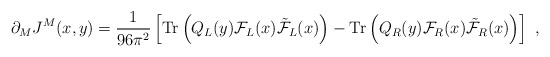
\begin{align*}\partial_MJ^M(x,y)=\frac{1}{96\pi^2} \left[ {\rm Tr} \left (Q_L(y){\cal F}_L(x)\tilde{\cal F}_L(x)\right ) - {\rm Tr}\left (Q_R(y){\cal F}_R(x)\tilde{\cal F}_R(x)\right ) \right] \; ,\end{align*}